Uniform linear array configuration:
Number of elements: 8
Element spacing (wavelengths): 0.25
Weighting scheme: blackman
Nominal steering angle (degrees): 15
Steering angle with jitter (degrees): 13.66
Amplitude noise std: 0.05
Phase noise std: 0.05

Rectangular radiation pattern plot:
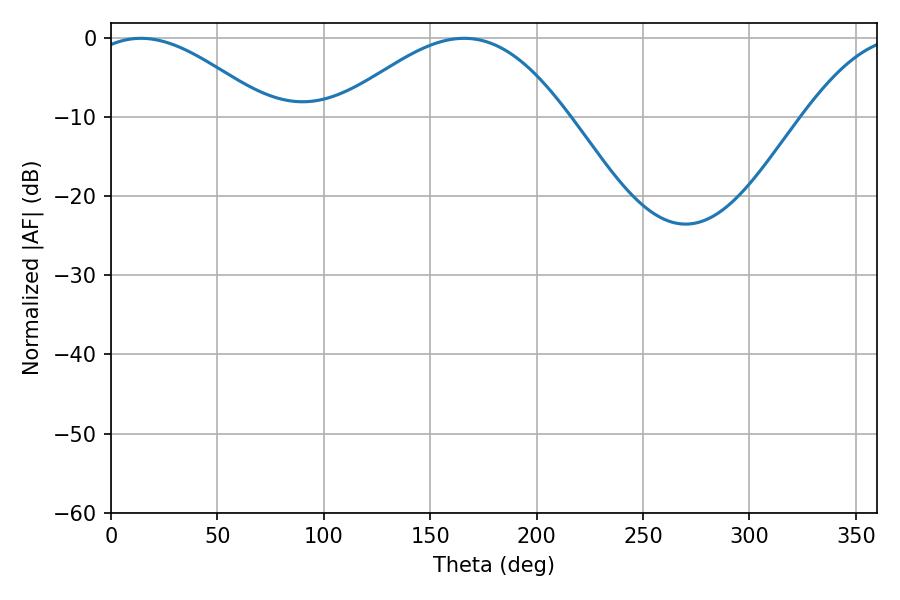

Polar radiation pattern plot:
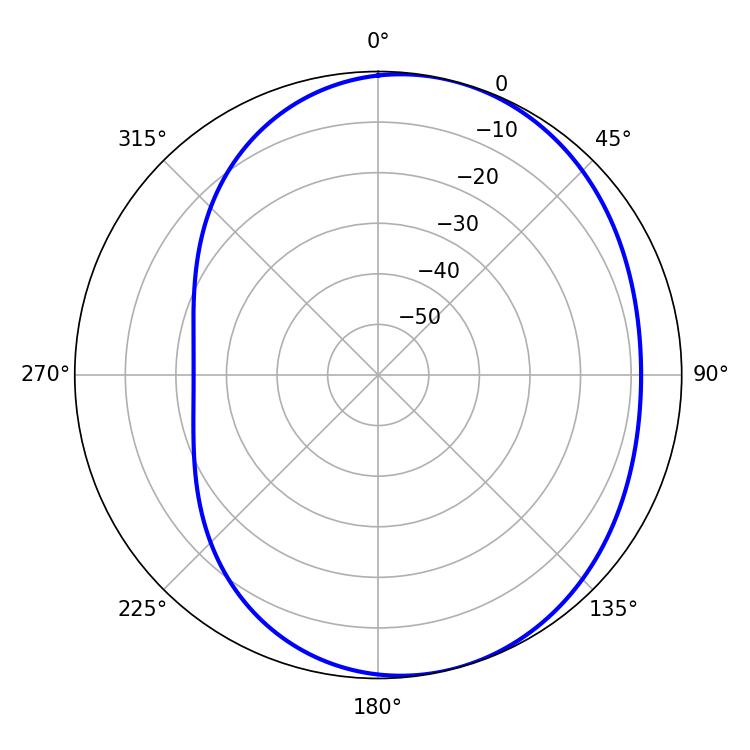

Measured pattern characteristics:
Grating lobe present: FALSE
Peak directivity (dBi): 4.727
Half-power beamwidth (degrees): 45.54
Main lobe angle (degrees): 14.04